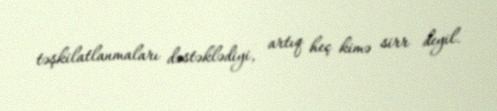
təşkilatlanmaları dəstəklədiyi, artıq heç kimə sirr deyil.